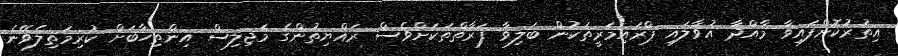
އިތުރުކޮށްފައިވާ މާއްދާ އުވާލައި ޕްރައިމަރީތަކުން ބަލިވާ ފަރާތްތަކަށްވެސް ރައްޔިތުންގެ މަޖިލިސް އިންތިހާބަށް ކުރިމަތިލެވޭނެ